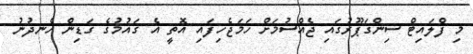
މި ފްލައިޓް ސިންގަޕޫރުގައި ޖެއްސުމަށް ހަމަޖެހިފައި އޮތީ އެ ގައުމުގެ ގަޑިން ހެނދުނު